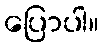
ပြောပါ။